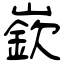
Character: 嶔